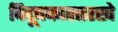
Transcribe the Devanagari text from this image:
विदूषकासारखे